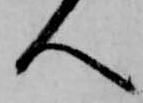
人